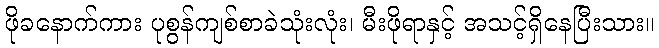
ဖိုခနောက်ကား ပုစွန်ကျစ်စာခဲသုံးလုံး၊ မီးဖိုရာနှင့် အသင့်ရှိနေပြီးသား။